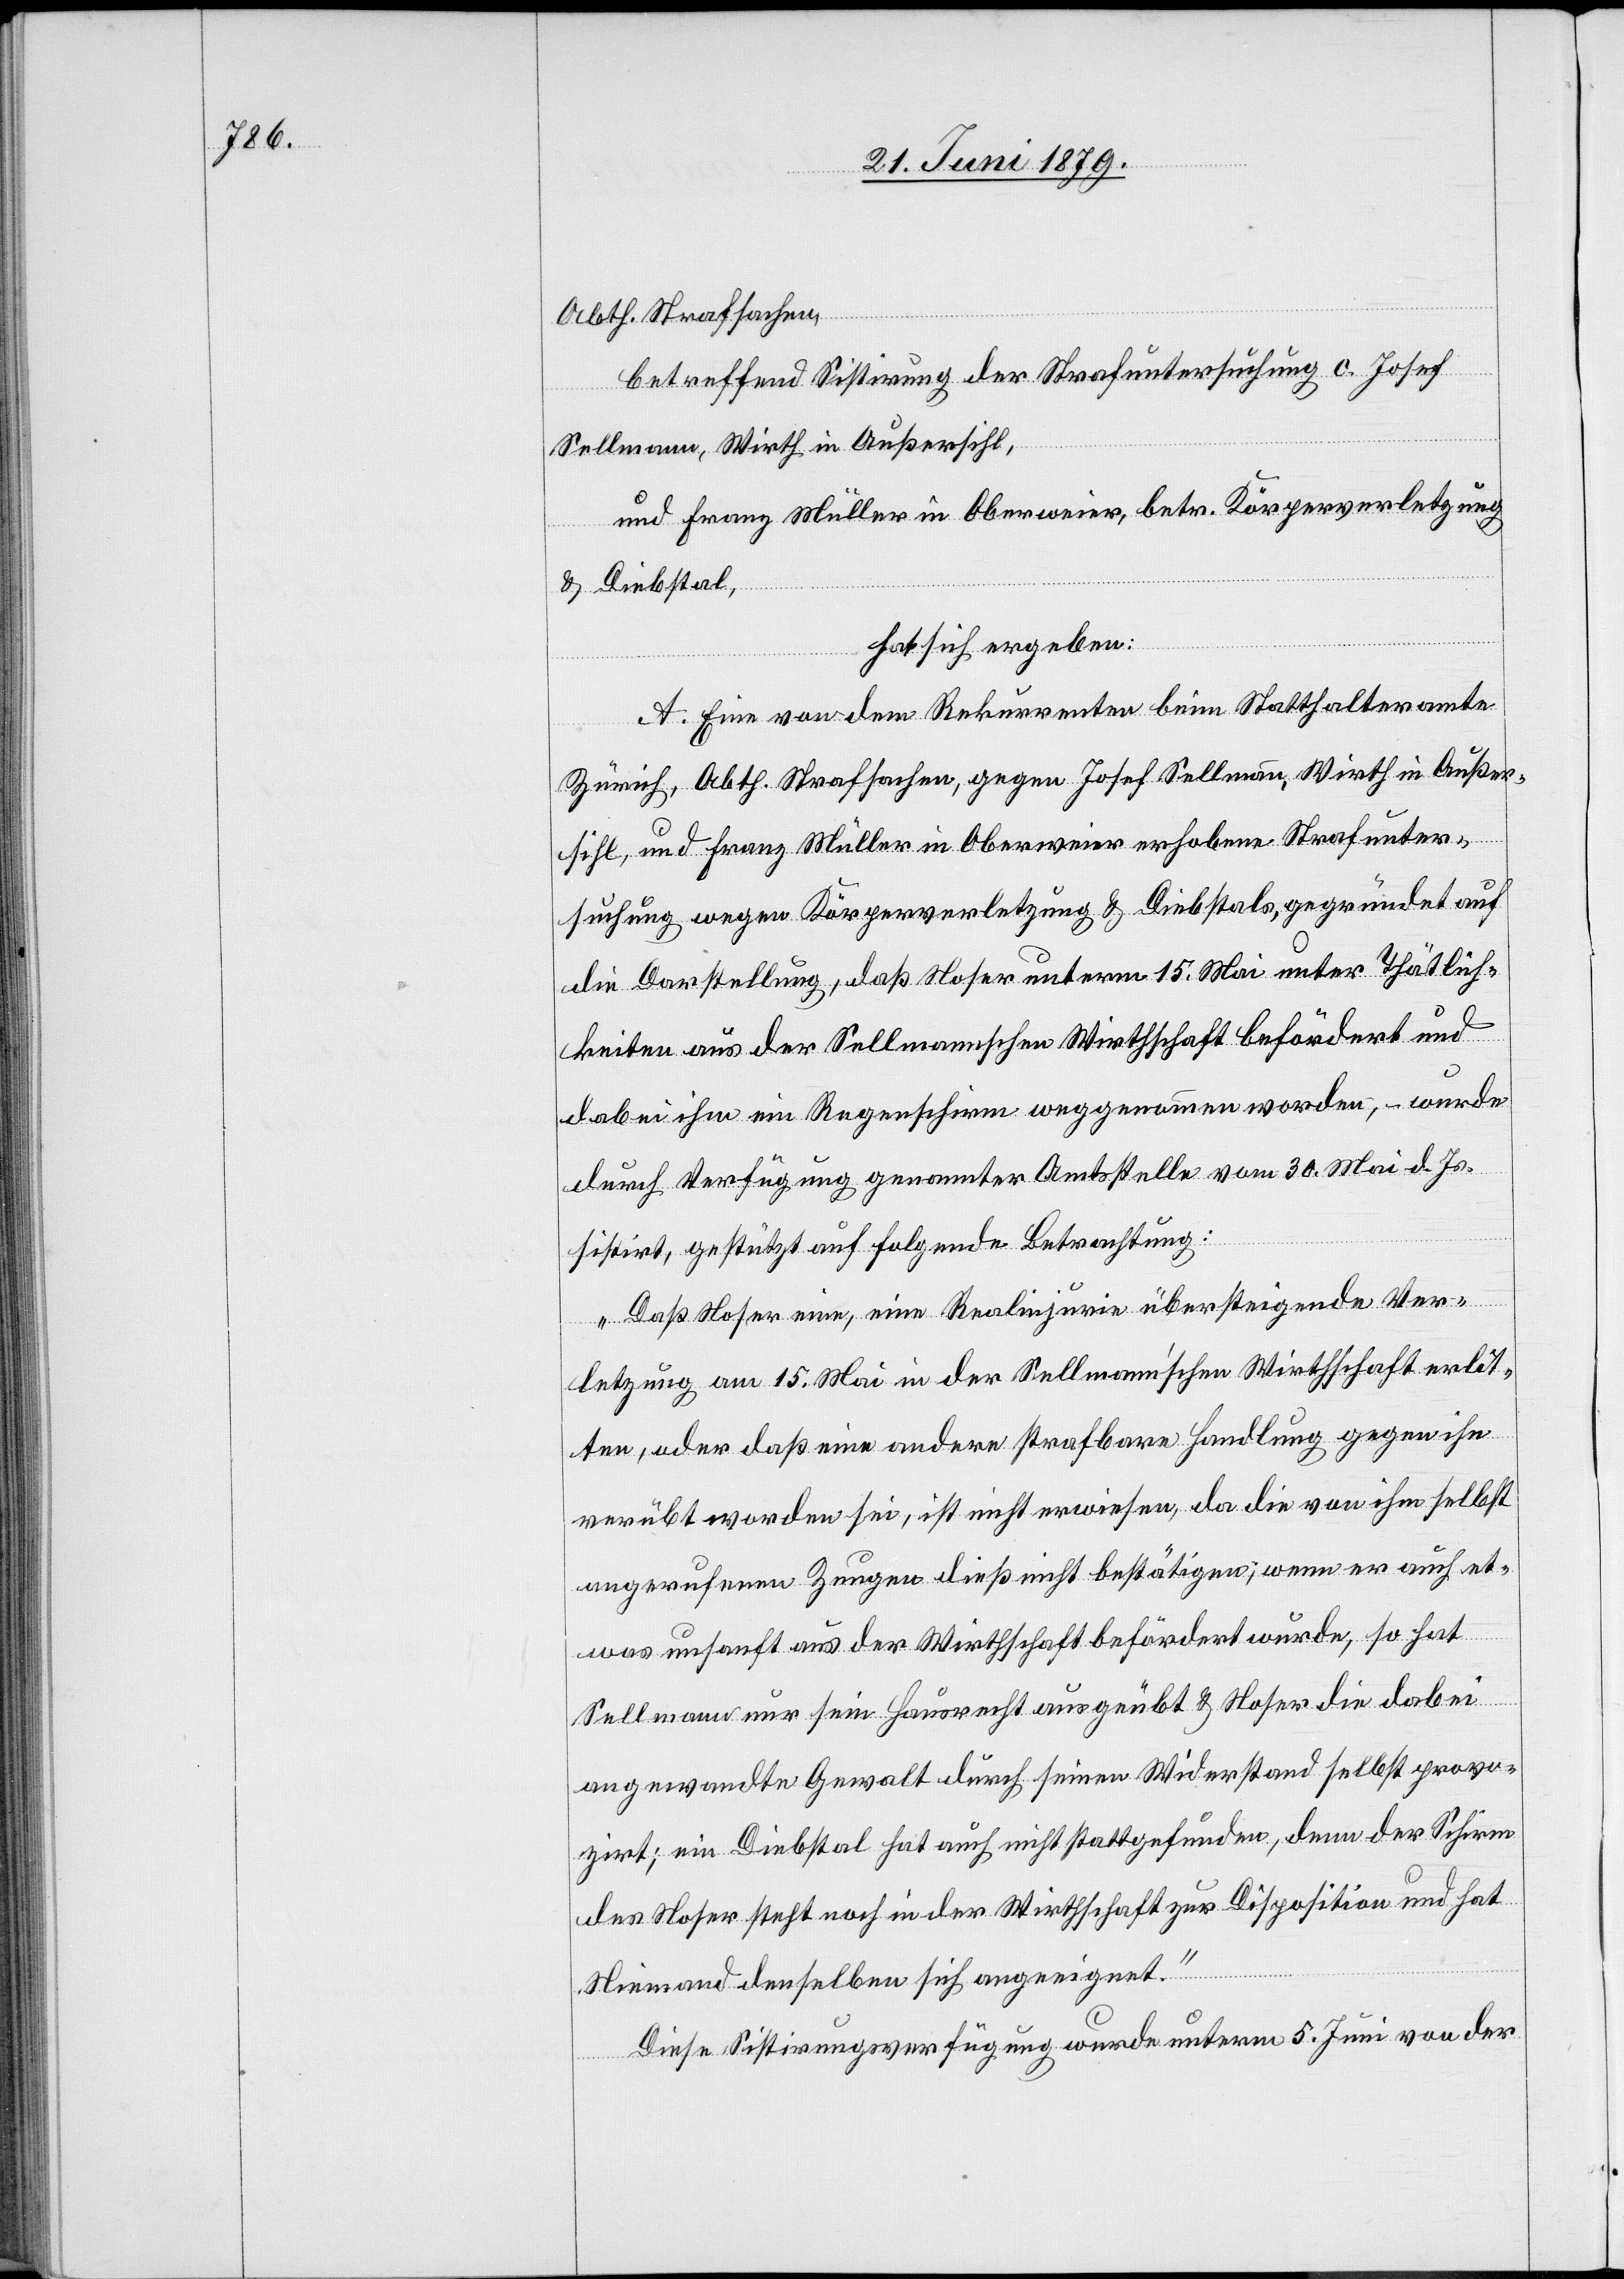
Abth. Strafsachen,
betreffend Sistirung der Strafuntersuchung c. Josef
Sellmann, Wirth in Außersihl,
und Franz Müller in Oberweier, betr. Körperverletzung
& Diebstal,
hat sich ergeben:
A. Eine von dem Rekurrenten beim Statthalteramte
Zürich, Abth. Strafsachen gegen Josef Sellmann, Wirth in Außer¬
sihl, und Franz Müller in Oberweier erhobene Strafunter¬
suchung wegen Körperverletzung & Diebstals, gegründet auf
die Darstellung, daß Noser unterm 15. Mai unter Thätlich¬
keiten aus der Sellmannschen Wirthschaft befördert und
dabei ihm ein Regenschirm weggenommen worden, – wurde
durch Verfügung genannter Amtsstelle vom 30. Mai d. Js.
sistirt, gestützt auf folgende Betrachtung:
„Daß Noser eine, eine Realinjurie übersteigende Ver¬
letzung am 15. Mai in der Sellmann’schen Wirthschaft erlit¬
ten, oder daß eine andere strafbare Handlung gegen ihn
verübt worden sei, ist nicht erwiesen, da die von ihm selbst
angerufenen Zeugen dieß nicht bestätigen, wenn er auch et¬
was unsanft aus der Wirthschaft befördert wurde, so hat
Sellmann nur sein Hausrecht ausgeübt & Noser die dabei
angewandte Gewalt durch seinen Widerstand selbst provo¬
zirt; ein Diebstal hat auch nicht stattgefunden, denn der Schirm
des Noser steht noch in der Wirthschaft zur Disposition und hat
Niemand denselben sich angeeignet.“
Diese Sistirungsverfügung wurde unterm 5. Juni von der